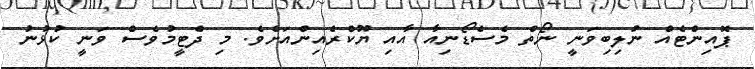
ޕޮއިންޓެއް ނުލިބިވަނީ ނޯތް މެސެޑޯނިއާ އާއި ޔޫކްރެއިންއަށެވެ. މި ދެޓީމުވެސް ވަނީ ކުޅުނު